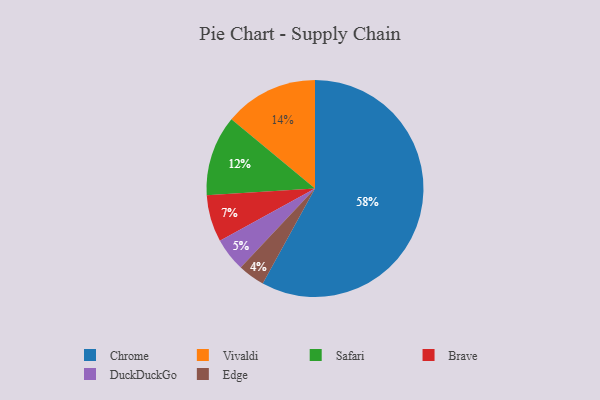
{"axis": {"x": "Category", "y": "Percentage"}, "legend": ["Brave", "Chrome", "DuckDuckGo", "Edge", "Safari", "Vivaldi"], "data": [{"x": "Vivaldi", "y": 14, "type": "Vivaldi"}, {"x": "Safari", "y": 12, "type": "Safari"}, {"x": "Edge", "y": 4, "type": "Edge"}, {"x": "Brave", "y": 7, "type": "Brave"}, {"x": "DuckDuckGo", "y": 5, "type": "DuckDuckGo"}, {"x": "Chrome", "y": 58, "type": "Chrome"}]}